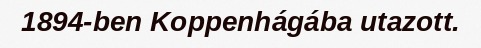
1894-ben Koppenhágába utazott.